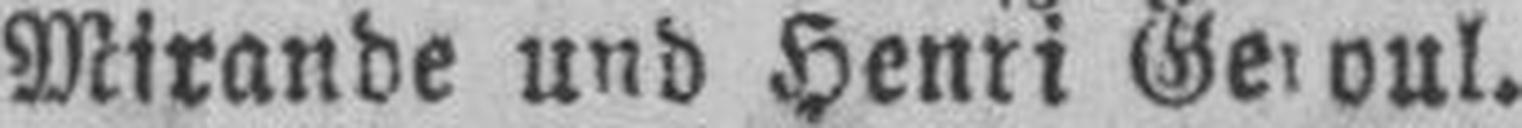
Mirande und Henri Geroul.